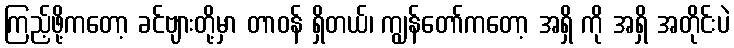
ကြည့်ဖို့ကတော့ ခင်ဗျားတို့မှာ တာဝန် ရှိတယ်၊ ကျွန်တော်ကတော့ အရှိ ကို အရှိ အတိုင်းပဲ